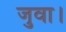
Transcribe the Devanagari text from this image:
जुवा।